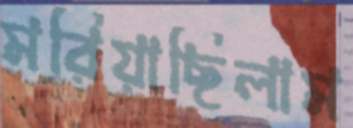
মরিয়াছিলাম